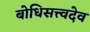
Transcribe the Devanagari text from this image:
बोधिसत्त्वदेव